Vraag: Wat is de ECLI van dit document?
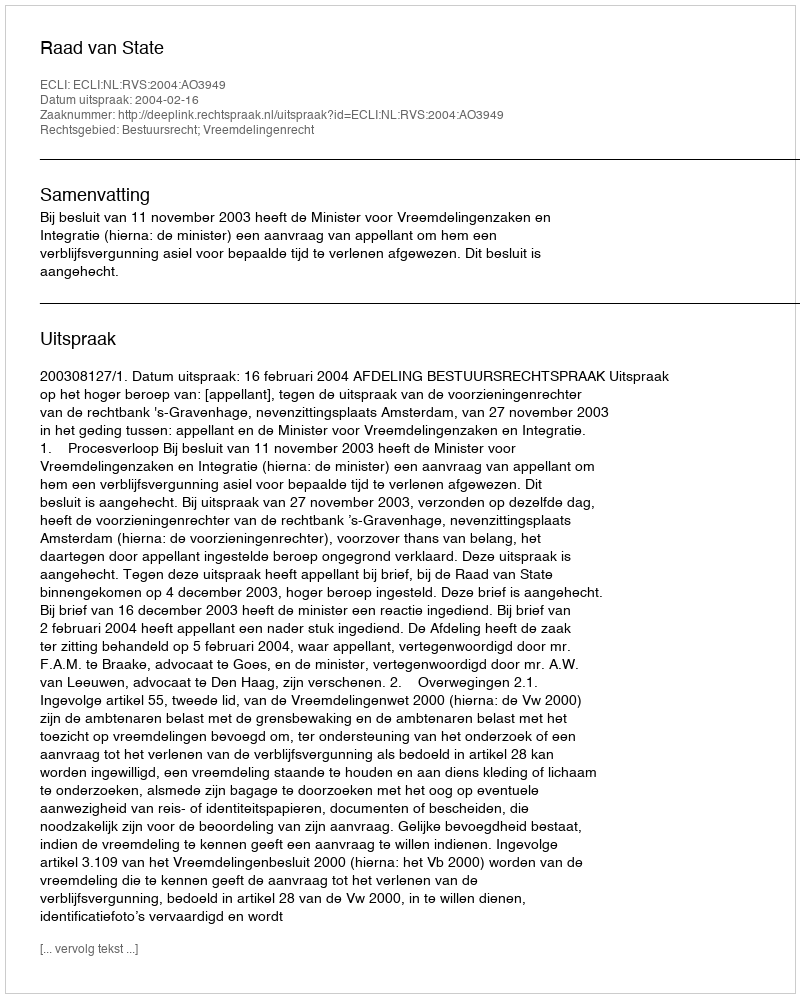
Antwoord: ECLI:NL:RVS:2004:AO3949